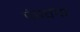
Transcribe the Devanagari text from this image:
पंचघंगा